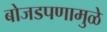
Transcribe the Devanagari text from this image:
बोजडपणामुळे